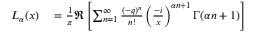
\begin{array} { r l } { L _ { \alpha } ( x ) } & { { } = { \frac { 1 } { \pi } } \Re \left[ \sum _ { n = 1 } ^ { \infty } { \frac { ( - q ) ^ { n } } { n ! } } \left( { \frac { - i } { x } } \right) ^ { \alpha n + 1 } \Gamma ( \alpha n + 1 ) \right] } \end{array}